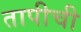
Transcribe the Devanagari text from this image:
तापीची